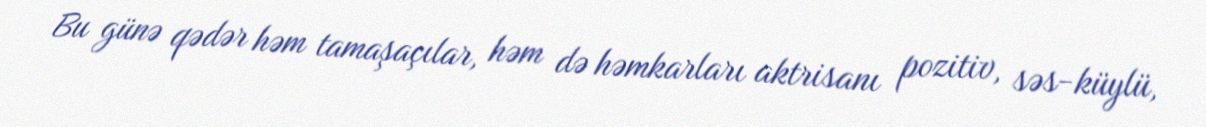
Bu günə qədər həm tamaşaçılar, həm də həmkarları aktrisanı pozitiv, səs-küylü,